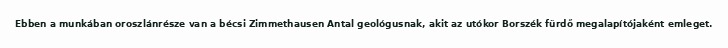
Ebben a munkában oroszlánrésze van a bécsi Zimmethausen Antal geológusnak, akit az utókor Borszék fürdő megalapítójaként emleget.